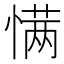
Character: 𰒆